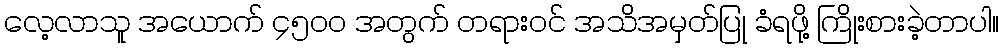
လေ့လာသူ အယောက် ၄၅၀၀ အတွက် တရားဝင် အသိအမှတ်ပြု ခံရဖို့ ကြိုးစားခဲ့တာပါ။